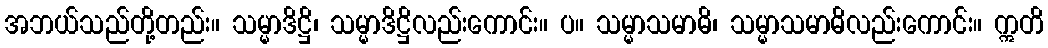
အဘယ်သည်တို့တည်း။ သမ္မာဒိဋ္ဌိ၊ သမ္မာဒိဋ္ဌိလည်းကောင်း။ ပ။ သမ္မာသမာဓိ၊ သမ္မာသမာဓိလည်းကောင်း။ ဣတိ